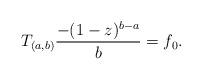
LaTeX: \begin{align*}T_{(a,b)} \frac{-(1-z)^{b-a}}{b} = f_0.\end{align*}